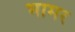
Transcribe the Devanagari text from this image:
भामर